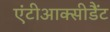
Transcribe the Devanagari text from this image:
एंटीआक्सीडैंट